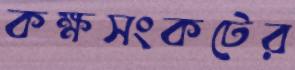
কক্ষসংকটের